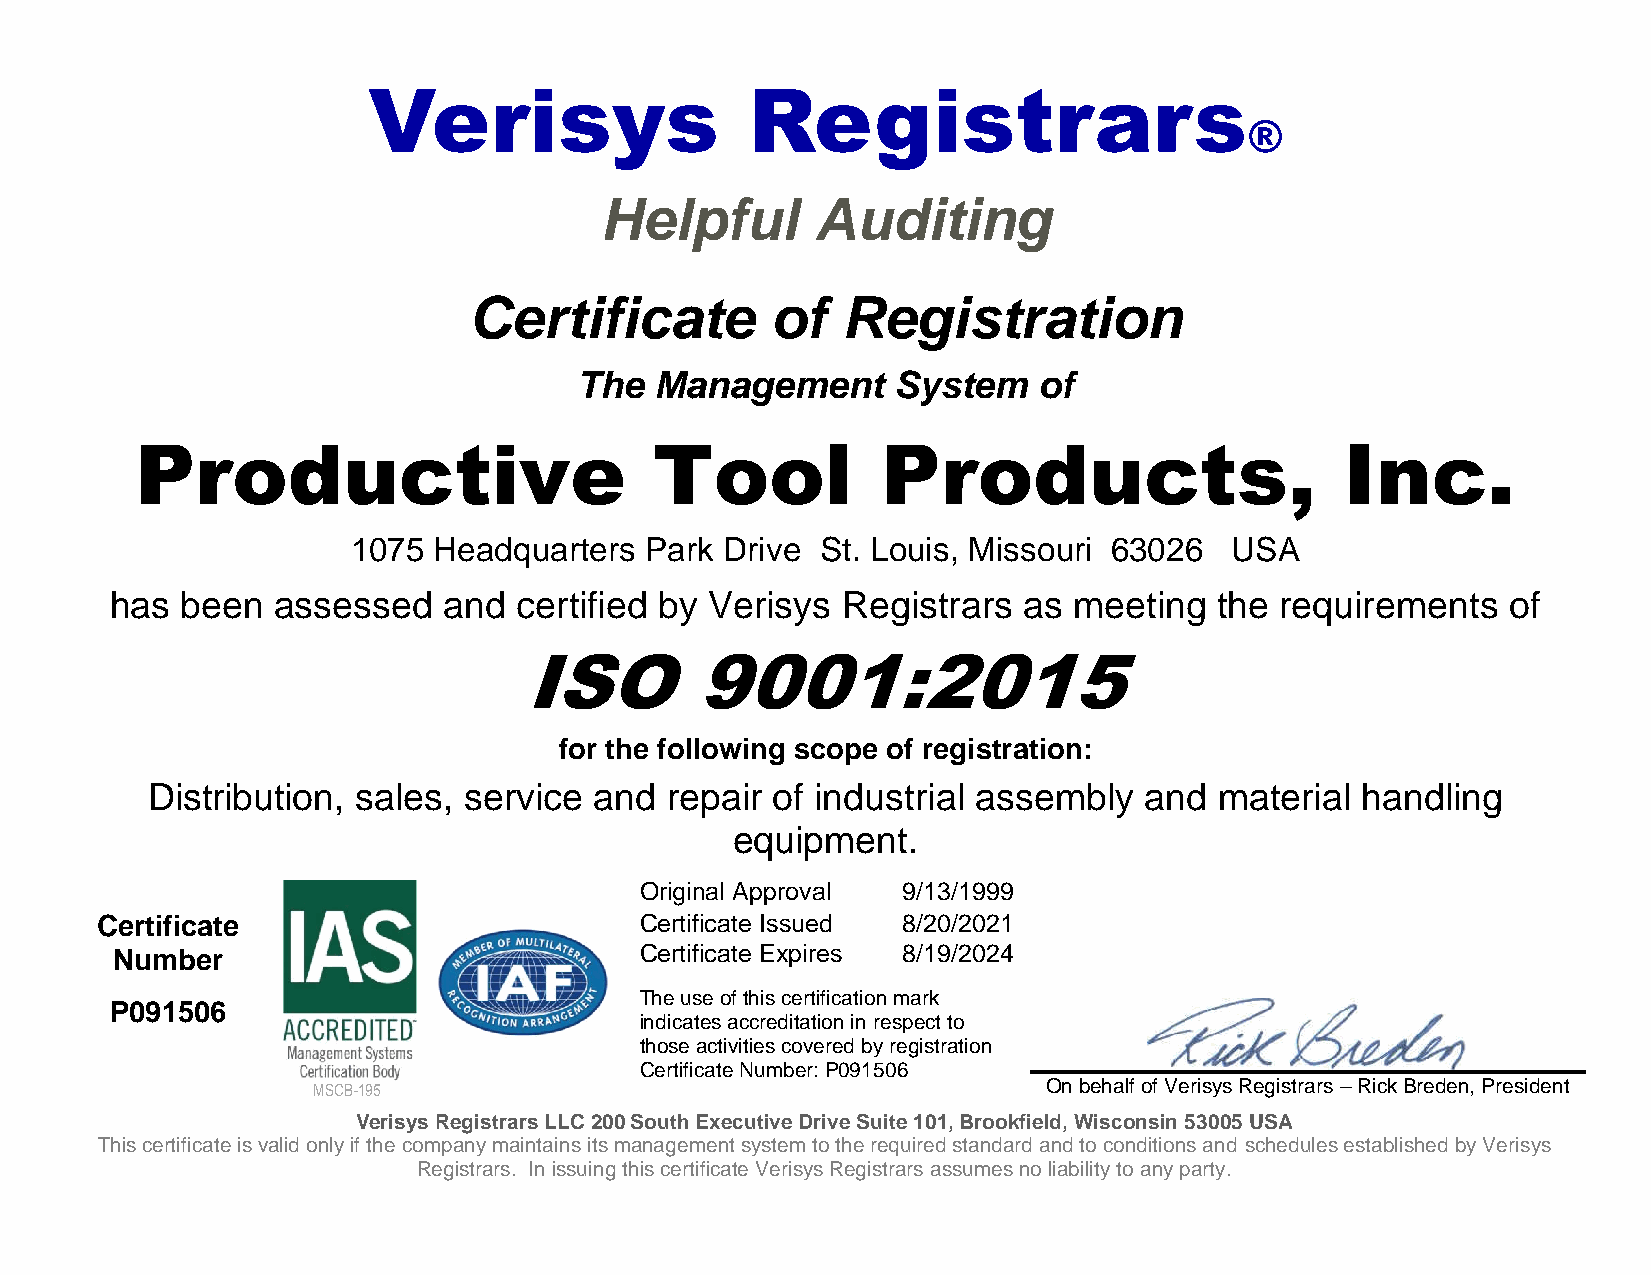
Verisys                   Registrars
 ®
 Helpful       Auditing
 Certificate         of   Registration
 The  Management      System    of
 Productive                        Tool           Products,                      Inc.
 1075  Headquarters  Park Drive St. Louis, Missouri 63026  USA
 has  been  assessed   and  certified by Verisys  Registrars  as meeting   the requirements   of
 ISO        9001:2015
 for the following scope of registration:
 Distribution, sales, service and  repair of industrial assembly   and  material handling
 equipment.
 Original Approval 9/13/1999
 Certificate                         Certificate Issued 8/20/2021
 Number                             Certificate Expires 8/19/2024
 The use of this certification mark
 P091506
 indicates accreditation in respect to
 those activities covered by registration
 Certificate Number: P091506
 MSCB-195                                        On behalf of Verisys Registrars – Rick Breden, President
 Verisys Registrars LLC 200 South Executive Drive Suite 101, Brookfield, Wisconsin 53005 USA
 This certificate is valid only if the company maintains its management system to the required standard and to conditions and schedules established by Verisys
 Registrars. In issuing this certificate Verisys Registrars assumes no liability to any party.